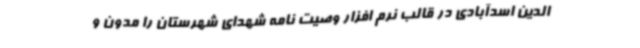
الدین اسدآبادی در قالب نرم افزار وصیت نامه شهدای شهرستان را مدون و